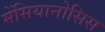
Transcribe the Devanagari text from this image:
मेंसियानोसिस